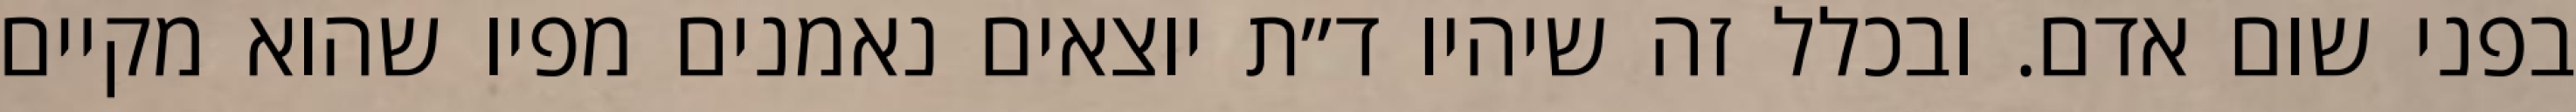
בפני שום אדם. ובכלל זה שיהיו ד״ת יוצאים נאמנים מפיו שהוא מקיים